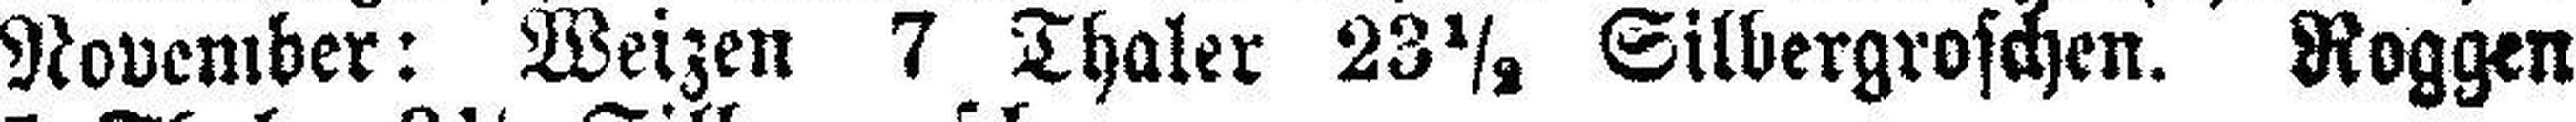
November: Weizen 7 Thaler 23½ Silbergroschen. Roggen